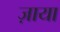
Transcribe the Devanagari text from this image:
ज़ाया